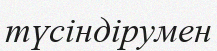
түсіндірумен